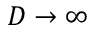
D \to \infty